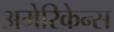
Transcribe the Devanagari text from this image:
अमेरिकेन्स